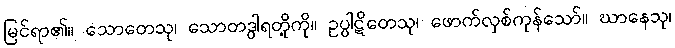
မြင်ရာ၏။ သောတေသု၊ သောတဒွါရတို့ကို။ ဥပ္ပါဋိတေသု၊ ဖောက်လှစ်ကုန်သော်။ ဃာနေသု၊